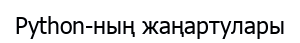
Python-ның жаңартулары